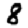
Digit: 8